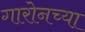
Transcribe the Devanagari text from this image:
गारोनच्या